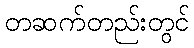
တဆက်တည်းတွင်